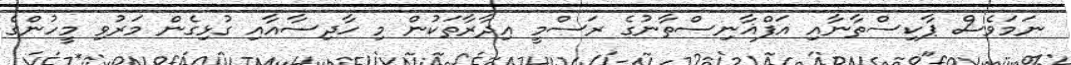
ނަމަވެސް ޕާކިސްތާނާއި އަފްޣާނިސްތާނުގެ ރަސްމީ އިދާރާތަކުން މި ހާދިސާއާއި ގުޅިގެން މަރުވި މީހުންގެ